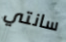
سانتي